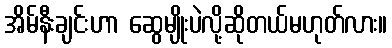
အိမ်နီးချင်းဟာ ဆွေမျိုးပဲလို့ဆိုတယ်မဟုတ်လား။